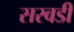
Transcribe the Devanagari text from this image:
सरवडी